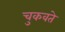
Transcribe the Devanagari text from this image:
चुकवते